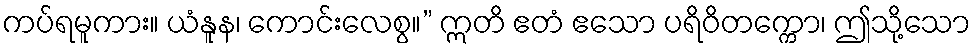
ကပ်ရမူကား။ ယံနူန၊ ကောင်းလေစွ။” ဣတိ ဧတံ ဧသော ပရိဝိတက္ကော၊ ဤသို့သော